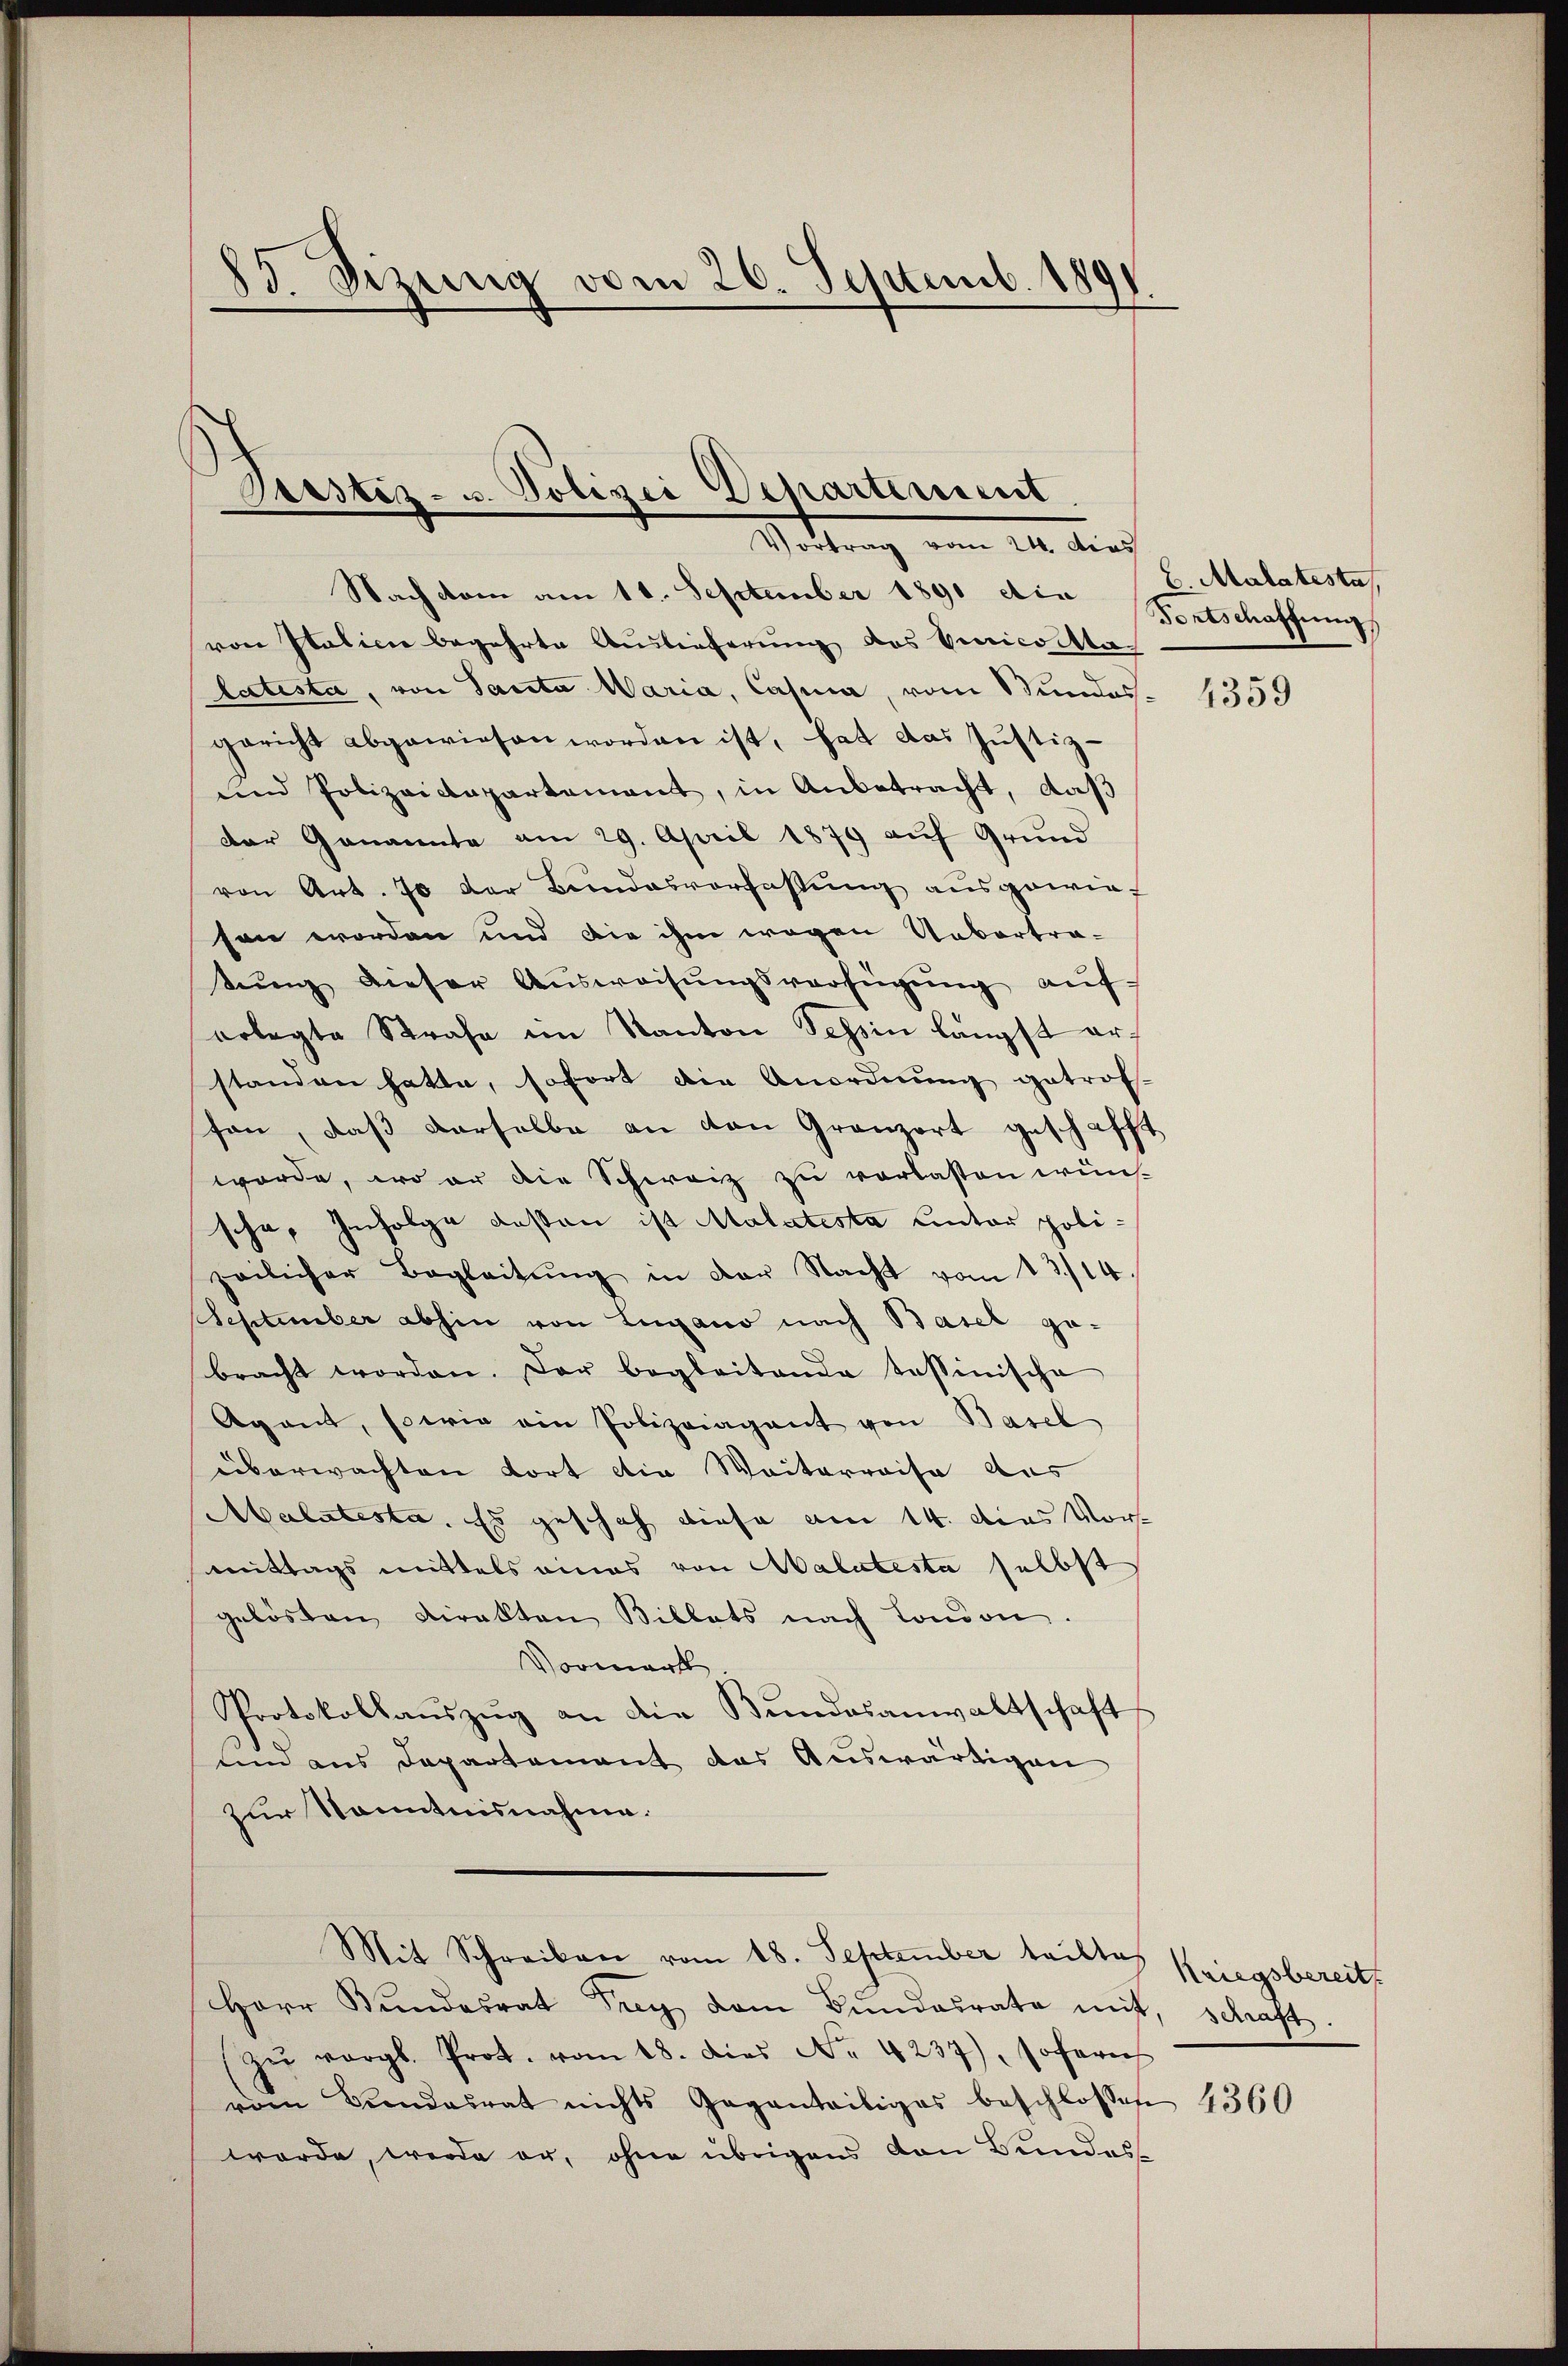
13. Fizung vom 26. Septemb. 1891

Bestiz- u. Polizei Departement
Vortrag vom 21. das

Nach vom am 11. September 1891 die
von Italien begehrte Auslieferŭng des benicotta-
latista, von Sanita Maria, Cassa, vom Stundes-
gericht abgewiesen worden ist, hat das Justiz-
und Polizeidepartement, in Anbetracht, daß
der Genannte am 29. April 1879 auf Grund
von Art. 70 der Bundesverfassung ausgewiesen worden und die ihm wegen Uebertra-
tŭng dieser Aŭsweisŭngsverfügŭng aŭf
erlegte Strafe im Kanton Tessin längst erstanden hatte, sofort die Anordnung getrof-
son, daß derselbe an den Gränz(...) geschafft
worde, wo er die Schweiz zu verlassen wün-
scha, Infolge dessen ist Malatesta hinter polizeilicher Begleitŭng in der Nacht vom 13./14
September abhin von Lugano nach Basel ge-
bracht worden. Der begleitende tessinische
Agent, sowie ein Polizeiagant von Basel
überwachten dort die Weiterreise aus
Malatesta. Es geschah diese am 14. das Vormittags mittels eines von Malatesta selbst
gelösten Dirakten Billets nach London.
Vormark
Protokollaŭszŭg an die Bŭndesanwaltschaft
um aus Departement das Auswärtigen
zur Kenntnisnahme.
Mit Schreiben vom 18. September teilte Kriegsbereit
Herr Bundesrat Frey dem Bundesrate mit, schaft.
zŭ vergl. Prot. vom 18. dies Nr. 4237), sofern
vom Bundesrat nichts geganteiliges beschlossen
werde, werde er, ohne übrigens von Bundes-

E. Malatesta
Fortschaffung

4359

4360